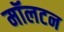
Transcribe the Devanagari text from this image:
मॉलटन